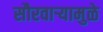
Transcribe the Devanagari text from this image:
सौरवार्‍यामुळे